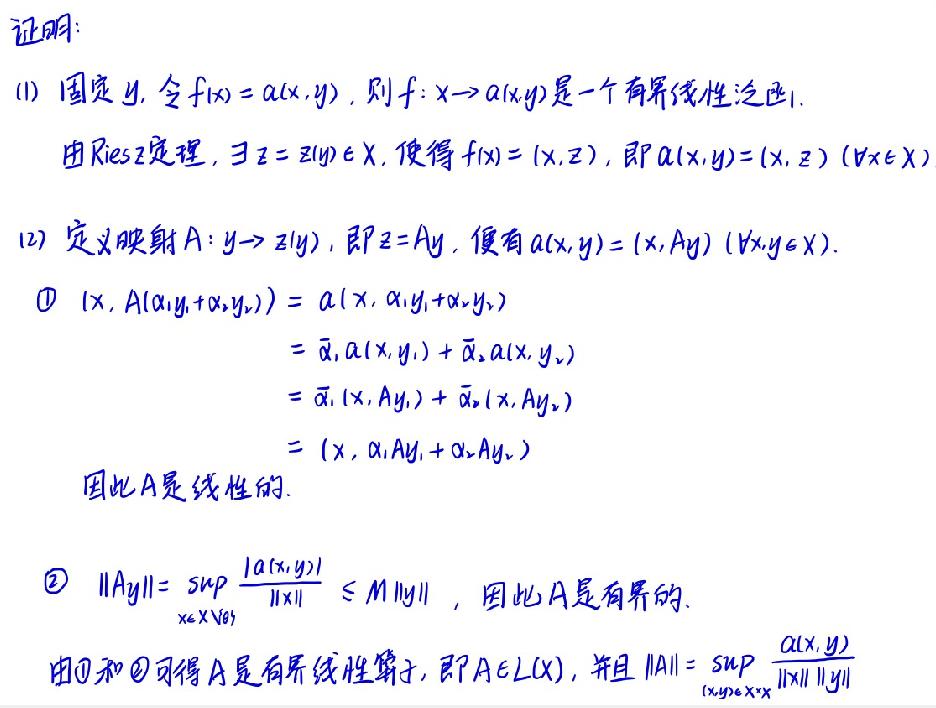
证明:
(1) 固定 $y$, 令 $f(x)=a(x,y)$, 则 $f:x\rightarrow a(x,y)$ 是一个有界线性泛函.
由Riesz定理, $\exists z = z(y)\in X$, 使得 $f(x)=(x,z)$, 即 $a(x,y)=(x,z)$ ($\forall x\in X$).
(2) 定义映射 $A:y\rightarrow z(y)$, 即 $z = Ay$, 便有 $a(x,y)=(x,Ay)$ ($\forall x,y\in X$).
\textcircled{1} $(x,A(\alpha_1y_1+\alpha_2y_2)) = a(x,\alpha_1y_1+\alpha_2y_2)$
$=\overline{\alpha}_1a(x,y_1)+\overline{\alpha}_2a(x,y_2)$
$=\overline{\alpha}_1(x,Ay_1)+\overline{\alpha}_2(x,Ay_2)$
$=(x,\alpha_1Ay_1+\alpha_2Ay_2)$
因此 $A$ 是线性的.
\textcircled{2} $\|Ay\|=\sup_{x\in X\setminus\{0\}}\frac{|a(x,y)|}{\|x\|}\leq M\|y\|$, 因此 $A$ 是有界的.
由\textcircled{1}和\textcircled{2}可得 $A$ 是有界线性算子, 即 $A\in L(X)$, 并且 $\|A\|=\sup_{(x,y)\in X\times X}\frac{a(x,y)}{\|x\|\|y\|}$